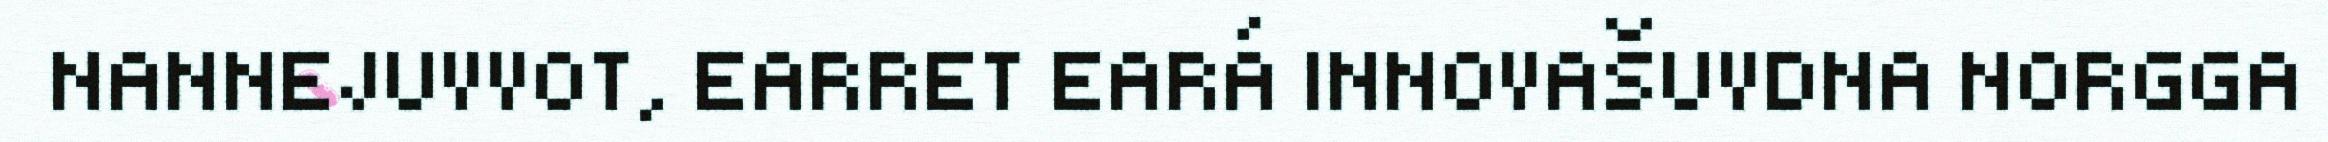
NANNEJUVVOT, EARRET EARÁ INNOVAŠUVDNA NORGGA